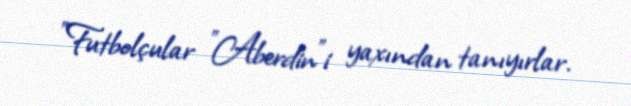
"Futbolçular "Aberdin"i yaxından tanıyırlar.